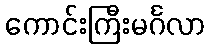
ကောင်းကြီးမင်္ဂလာ